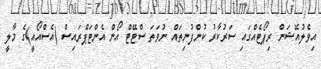
އިވެލުއޭޝަން ރިޕޯޓެއްގައި ސަރުކާރު ކުންފުނިތައް ނުވަތަ ސްޓޭޓް އޯން އެންޓަޕްރައިސް (އެސްއޯއީ)ގެ މާލީ